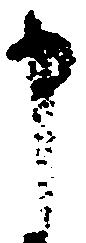
申